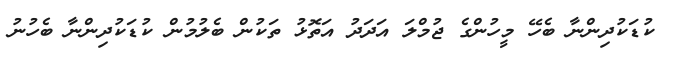
ކުޑަކުދިންނާ ބެހޭ މީހުންގެ ޖުމްލަ އަދަދު އަތޮޅު ތަކުން ބެލުމުން ކުޑަކުދިންނާ ބެހުނު